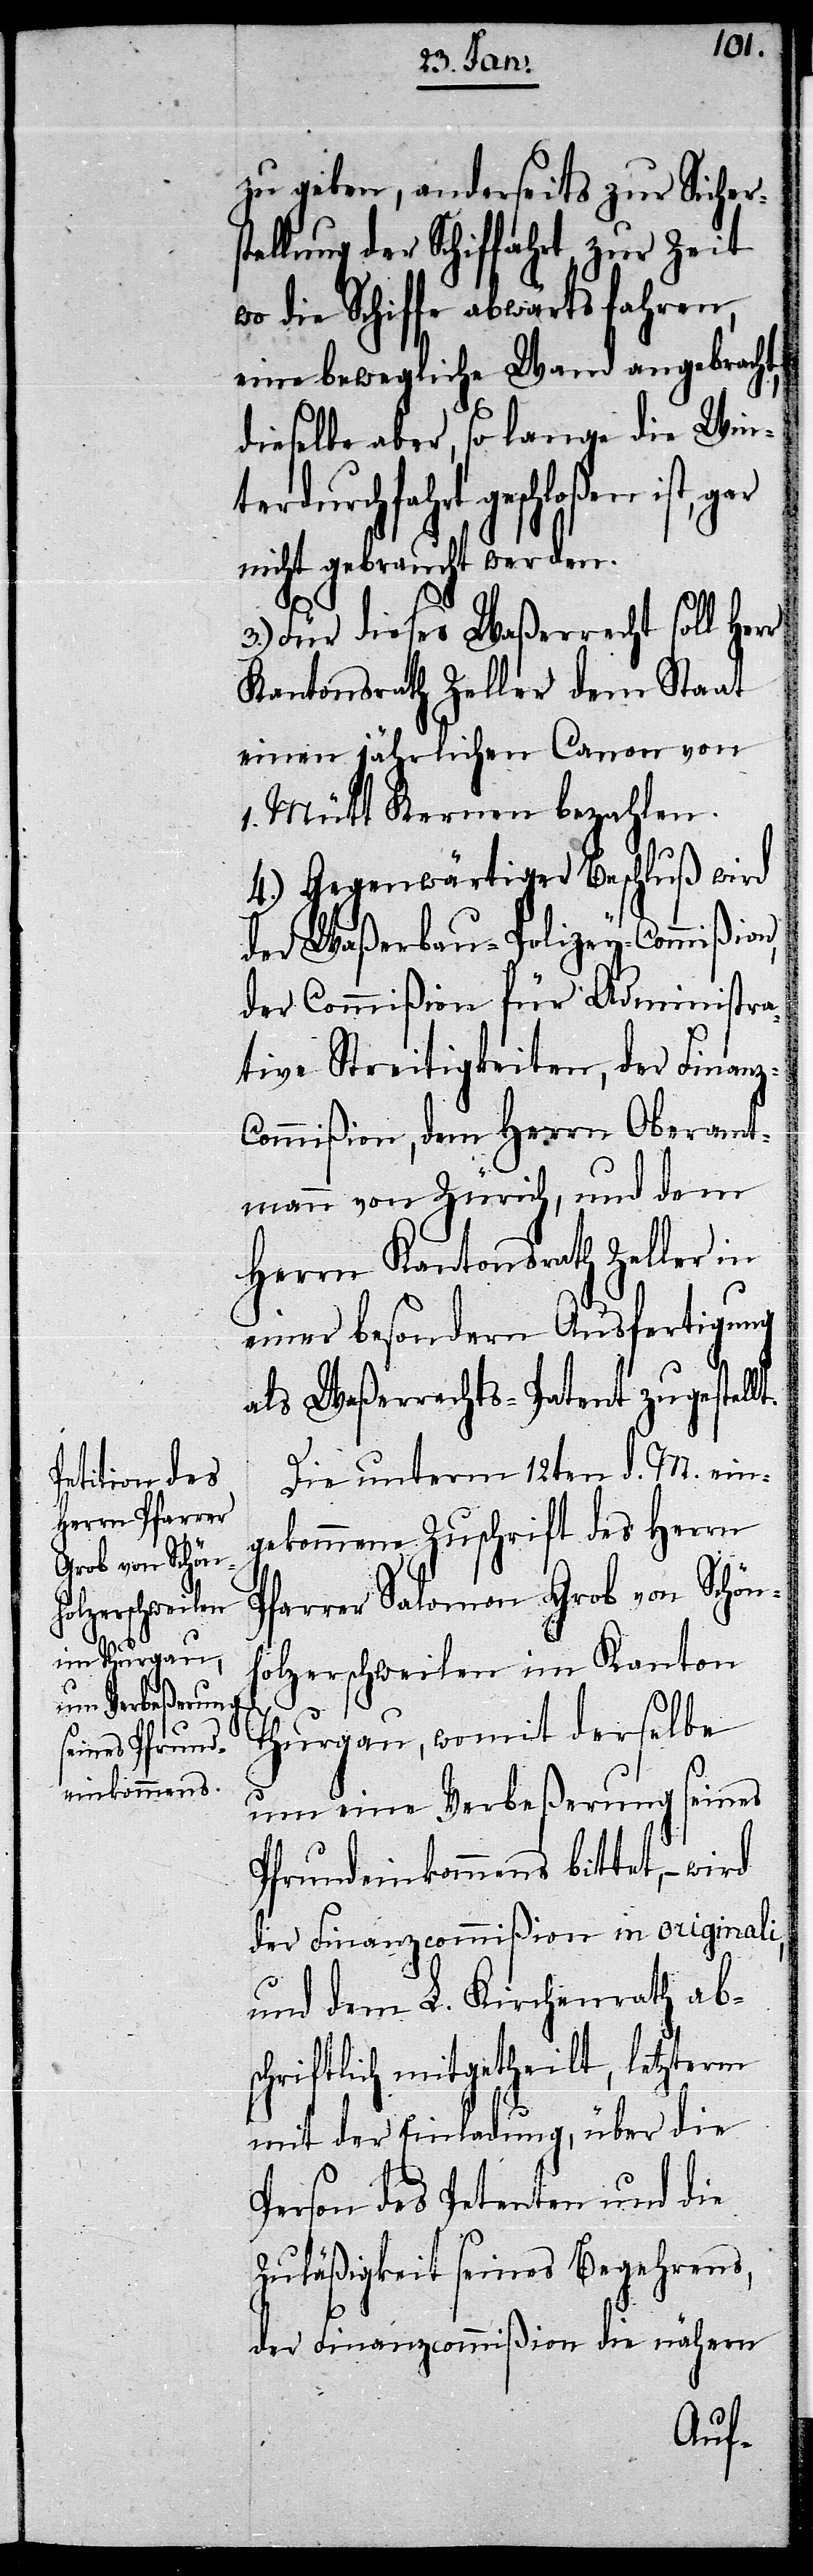
z-C¬
zu geben, anderseits zur Sichers¬
tellung der Schiffahrt zur Zeit
wo die Schiffe abwärts fahren,
eine bewegliche Wand angebracht,
dieselbe aber, so lange die Wint¬
erdurchfahrt geschloßen
nicht gebraucht werden.
3.) Für dieses Waßerrecht soll Herr
Kantonsrath Zeller dem Staat
einen jährlichen Canon von
1. Mütt Kernen bezahlen.
4.) Gegenwärtiger Beschluß wird
der Waßerbau-Polizey-Commißion,
der Commißion für Administra¬
tive Streitigkeiten, der Finan¬
ommißion, dem Herrn Oberamt¬
mann von Zürich, und dem
Herrn Kantonsrath Zeller in
einer besondern Ausfertigung
als Waßerrechts-Patent zugestellt.
Die unterm 12ten d. M. ein¬
gekommene Zuschrift des Herrn
Pfarrer Salomon Grob von Schön¬
holzerschweilen im Kanton
Thurgau, womit derselbe
um eine Verbeßerung seines
Pfrundeinkommens bittet, –
der Finanzcommißion in originali,
und dem L. Kirchenrath ab¬
schriftlich mitgetheilt, letzterm
mit der Einladung, über die
Person des Petenten und die
Zuläßigkeit seines Begehrens,
der Finanzcommißion die nähern